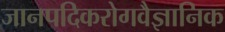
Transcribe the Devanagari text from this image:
जानपदिकरोगवैज्ञानिक